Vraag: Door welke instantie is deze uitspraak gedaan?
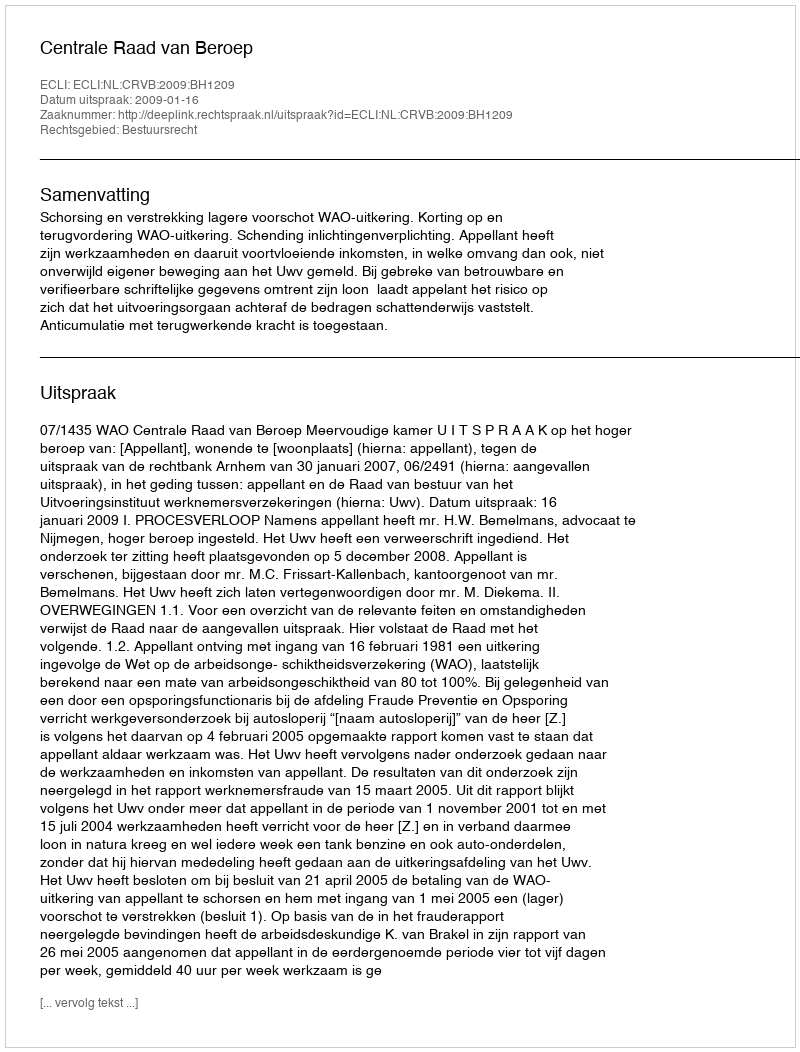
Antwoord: Centrale Raad van Beroep